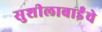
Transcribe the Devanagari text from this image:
सुशीलाबाईंचे